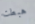
هبطت